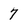
Character: 7